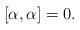
LaTeX: \begin{align*}[\alpha, \alpha] = 0.\end{align*}